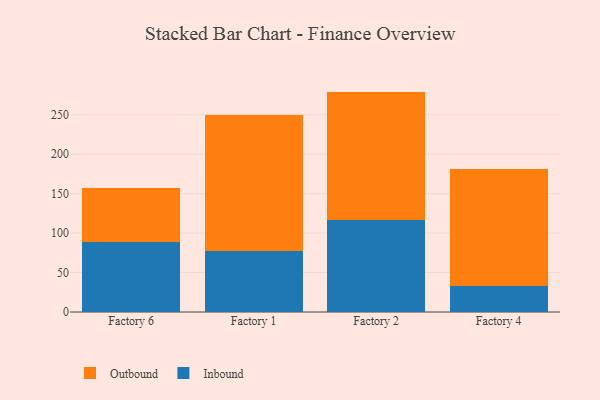
{"axis": {"x": "Factory", "y": "Latency (ms)"}, "legend": ["Inbound", "Outbound"], "data": [{"x": "Factory 6", "y": 88.2, "type": "Inbound"}, {"x": "Factory 6", "y": 69.4, "type": "Outbound"}, {"x": "Factory 1", "y": 77.2, "type": "Inbound"}, {"x": "Factory 1", "y": 172.8, "type": "Outbound"}, {"x": "Factory 2", "y": 116.5, "type": "Inbound"}, {"x": "Factory 2", "y": 162.9, "type": "Outbound"}, {"x": "Factory 4", "y": 33.5, "type": "Inbound"}, {"x": "Factory 4", "y": 147.8, "type": "Outbound"}]}